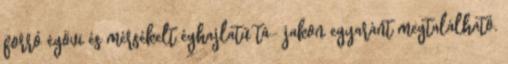
forró égövi és mérsékelt éghajlatú tá- jakon egyaránt megtalálható.